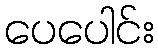
ပေပေါင်း